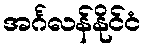
အင်္ဂလန်နိုင်ငံ